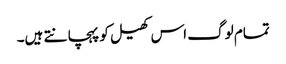
تمام لوگ اس کھیل کو پہچانتے ہیں۔